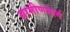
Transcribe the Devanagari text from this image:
ग्रामीणमार्ग